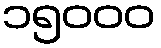
၁၅၀၀၀